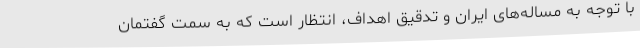
با توجه به مساله‌های ایران و تدقیق اهداف، انتظار است که به سمت گفتمان